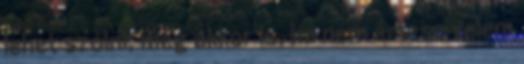
lehet szólni, még akkor is, ha nem értesz velem